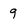
Character: 9